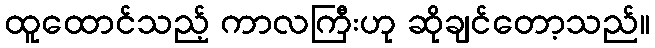
ထူထောင်သည့် ကာလကြီးဟု ဆိုချင်တော့သည်။